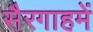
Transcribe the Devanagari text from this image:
सैरगाहमें